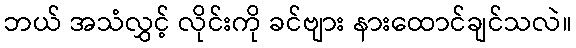
ဘယ် အသံလွှင့် လိုင်းကို ခင်ဗျား နားထောင်ချင်သလဲ။